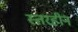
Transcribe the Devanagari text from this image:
स्तरहीन